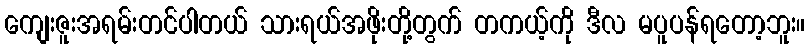
ကျေးဇူးအရမ်းတင်ပါတယ် သားရယ်အဖိုးတို့တွက် တကယ့်ကို ဒီလ မပူပန်ရတော့ဘူး။